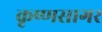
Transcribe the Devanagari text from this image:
कृष्णसागर